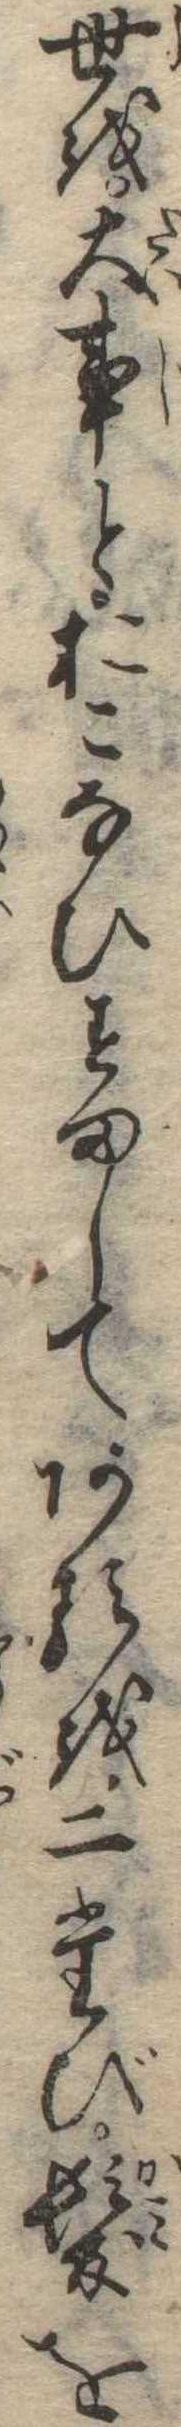
世を大事とおこなひすましてあるを二たび髪を